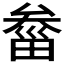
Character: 𤲙